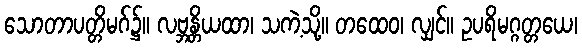
သောတာပတ္တိမဂ်၌။ လဗ္ဘန္တိယထာ၊ သကဲ့သို့။ တထေဝ၊ လျှင်။ ဥပရိမဂ္ဂတ္တယေ၊